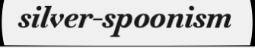
silver-spoonism